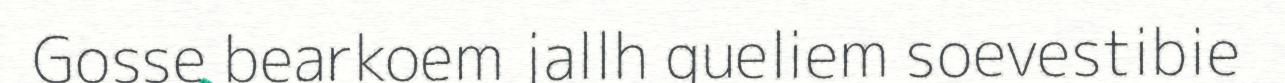
Gosse bearkoem jallh gueliem soevestibie